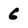
Character: 6